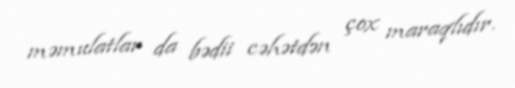
məmulatlar da bədii cəhətdən çox maraqlıdır.